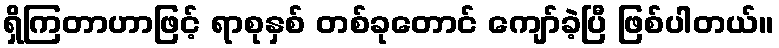
ရှိကြတာဟာဖြင့် ရာစုနှစ် တစ်ခုတောင် ကျော်ခဲ့ပြီ ဖြစ်ပါတယ်။